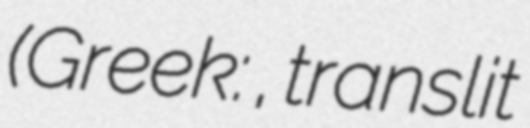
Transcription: (Greek: Ἡράκλειος, translit